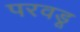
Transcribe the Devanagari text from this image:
परवडू